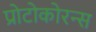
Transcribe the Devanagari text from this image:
प्रोटोकोरन्स